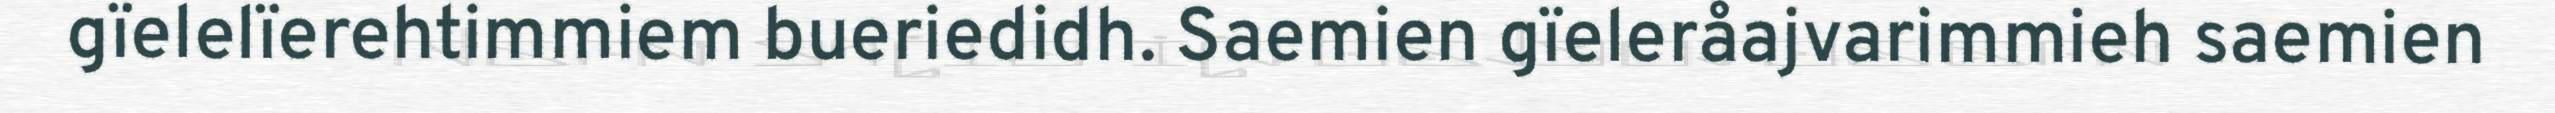
gïelelïerehtimmiem bueriedidh. Saemien gïeleråajvarimmieh saemien